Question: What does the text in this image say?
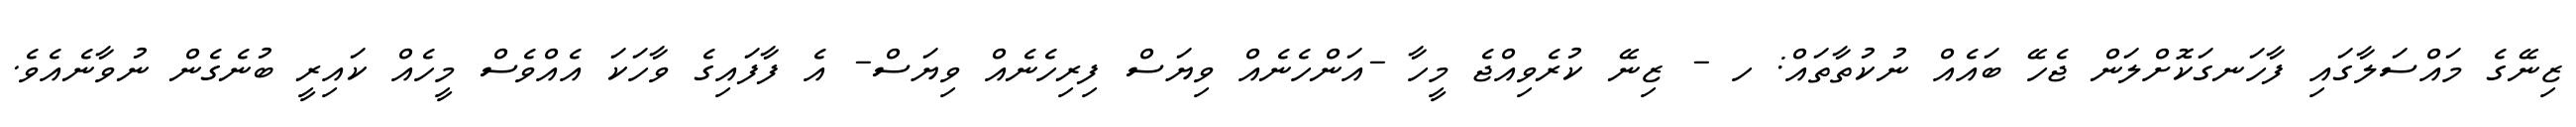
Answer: ޒިނޭގެ މައްސަލާގައި ފާހަނގަކޮށްލަން ޖެހޭ ބައެއް ނުކުތާތައް: ހ - ޒިނޭ ކުރެވިއްޖެ މީހާ -އަންހެނެއް ވިޔަސް ފިރިހެނެއް ވިޔަސް- އެ ފާފައިގެ ވާހަކަ އެއްވެސް މީހެއް ކައިރީ ބުނެގެން ނުވާނެއެވެ.